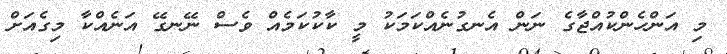
މި އަންހެންކުއްޖާގެ ނަން އެނގުނެއްކަމަކު މީ ކާކުކަމެއް ވެސް ނޭނގޭ އަނެއްކާ މިގެއަށް